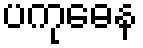
ပကုဓေန